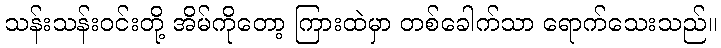
သန်းသန်းဝင်းတို့ အိမ်ကိုတော့ ကြားထဲမှာ တစ်ခေါက်သာ ရောက်သေးသည်။